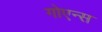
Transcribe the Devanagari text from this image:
गोएन्स